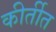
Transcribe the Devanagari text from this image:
कीर्तीत